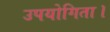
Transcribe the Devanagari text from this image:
उपयोगिता।